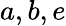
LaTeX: a,b,e